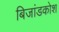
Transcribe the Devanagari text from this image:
बिजांडकोश